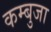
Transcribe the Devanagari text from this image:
कम्बुजा